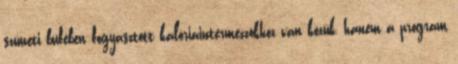
szüneti büfében fogyasztott kalóriaintermezzókhoz van közük, hanem a program